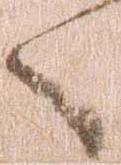
言